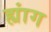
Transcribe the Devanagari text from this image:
ह्यांग